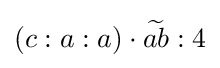
(c:a:a)\cdot {\widetilde {ab}}:4